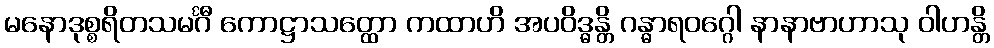
မနောဒုစ္စရိတသမင်္ဂီ ကောဋ္ဌာသတ္ထော ကထာဟိ အပဝိဒ္ဓန္တိ ဂန္ဓာရဝဂ္ဂေါ နာနာဗာဟာသု ဝါဟန္တိ